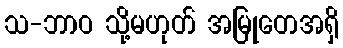
သ-ဘာဝ သို့မဟုတ် အမြုတေအရှိ